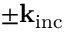
\pm \mathbf { k } _ { \mathrm { { i n c } } }